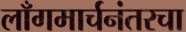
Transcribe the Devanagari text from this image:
लाँगमार्चनंतरचा